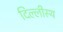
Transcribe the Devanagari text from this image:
दिल्लीस्थ